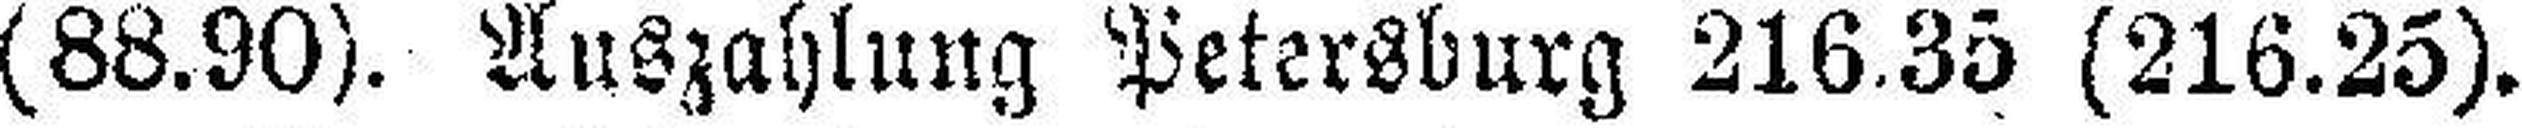
(88.90). Auszahlung Petersburg 216.35 (216.25).